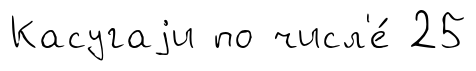
Касугаjи по числ'е́ 25